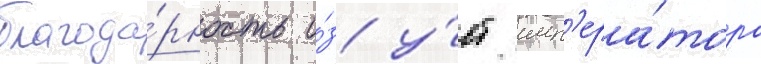
благода́рность и́з у́ст имп'ера́тора